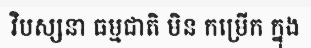
វិបស្សនា ធម្មជាតិ មិន កម្រើក ក្នុង